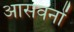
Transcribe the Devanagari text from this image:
आसवनों